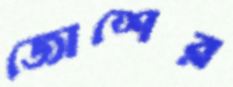
জোশের